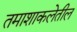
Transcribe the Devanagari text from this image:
तमाशाकलेतील